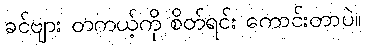
ခင်ဗျား တကယ့်ကို စိတ်ရင်း ကောင်းတာပဲ။